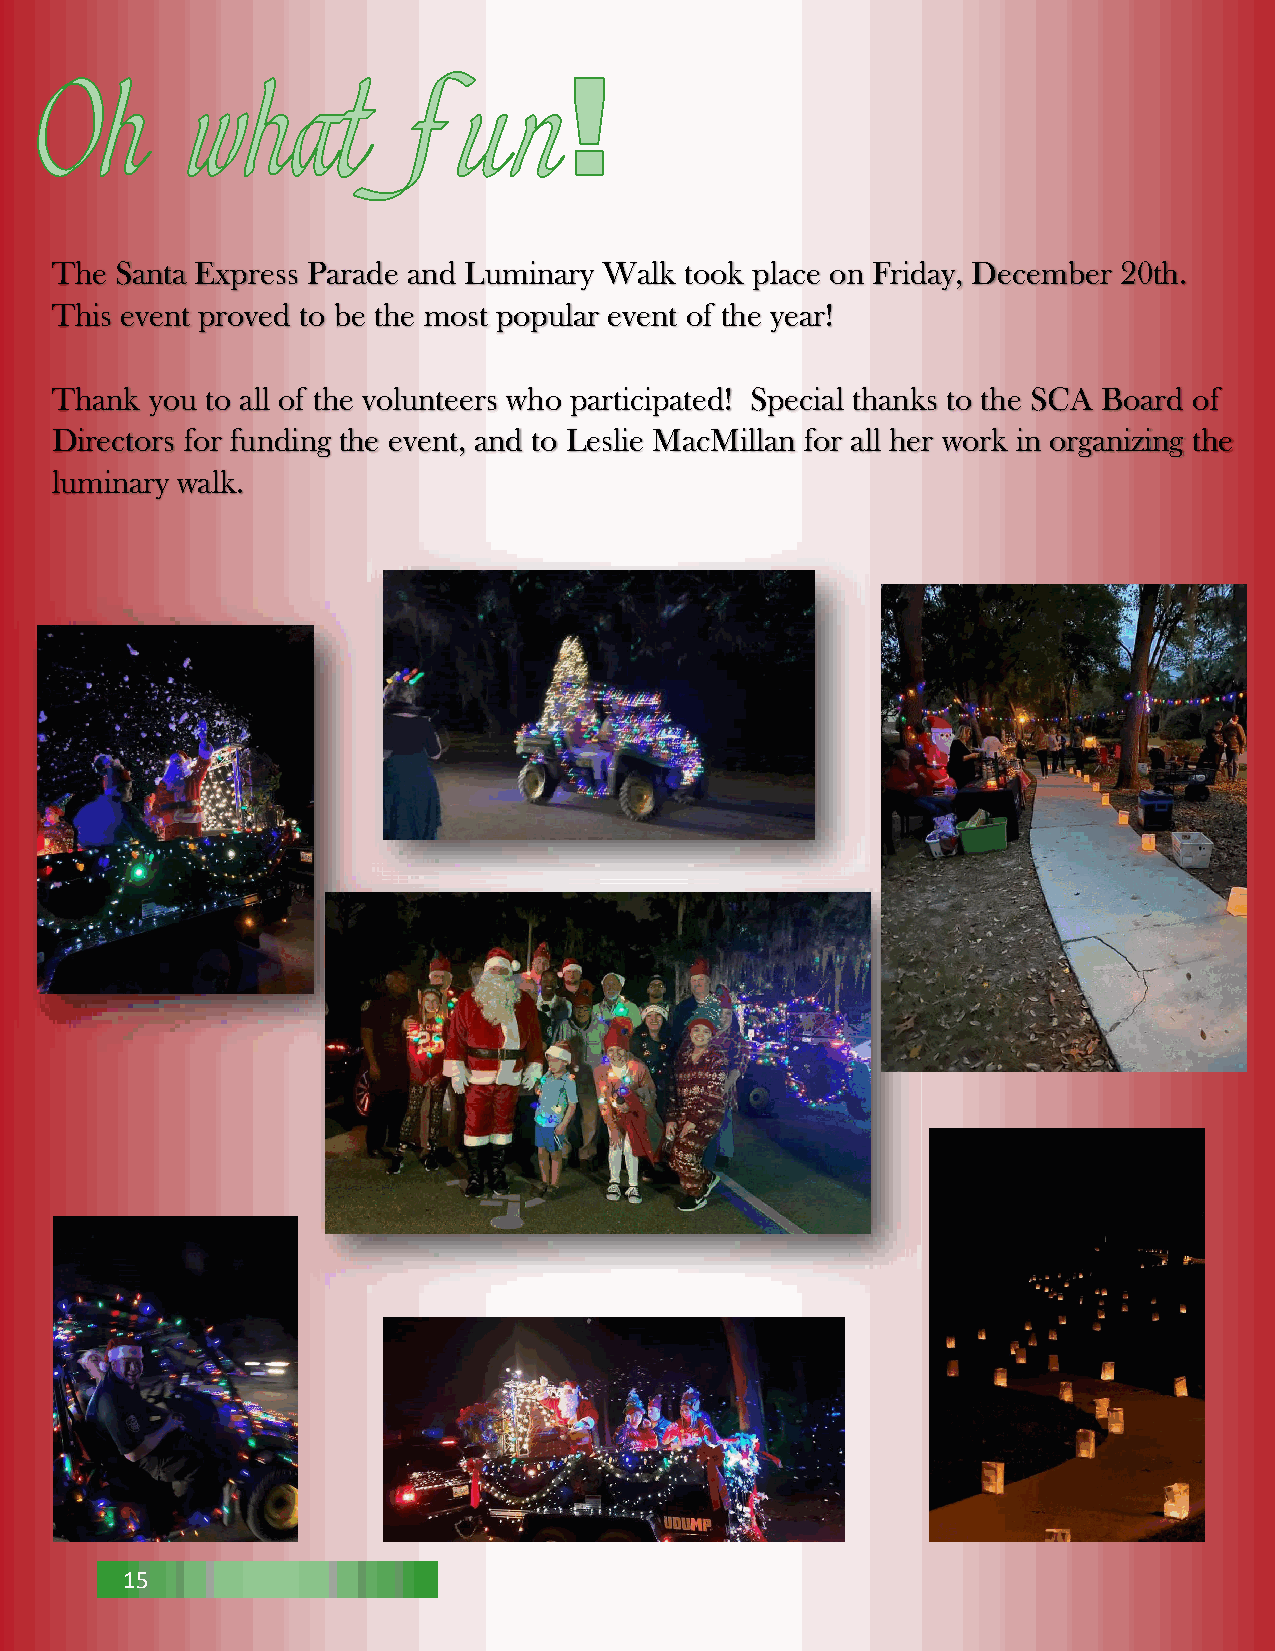
The  Santa Express Parade and Luminary Walk took place on Friday, December 20th.
 This event proved to be the most popular event of the year!
 Thank  you to all of the volunteers who participated! Special thanks to the SCA Board of
 Directors for funding the event, and to Leslie MacMillan for all her work in organizing the
 luminary walk.
 15